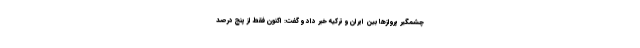
چشمگیر پروازها بین ایران و ترکیه خبر داد و گفت: اکنون فقط از پنج درصد